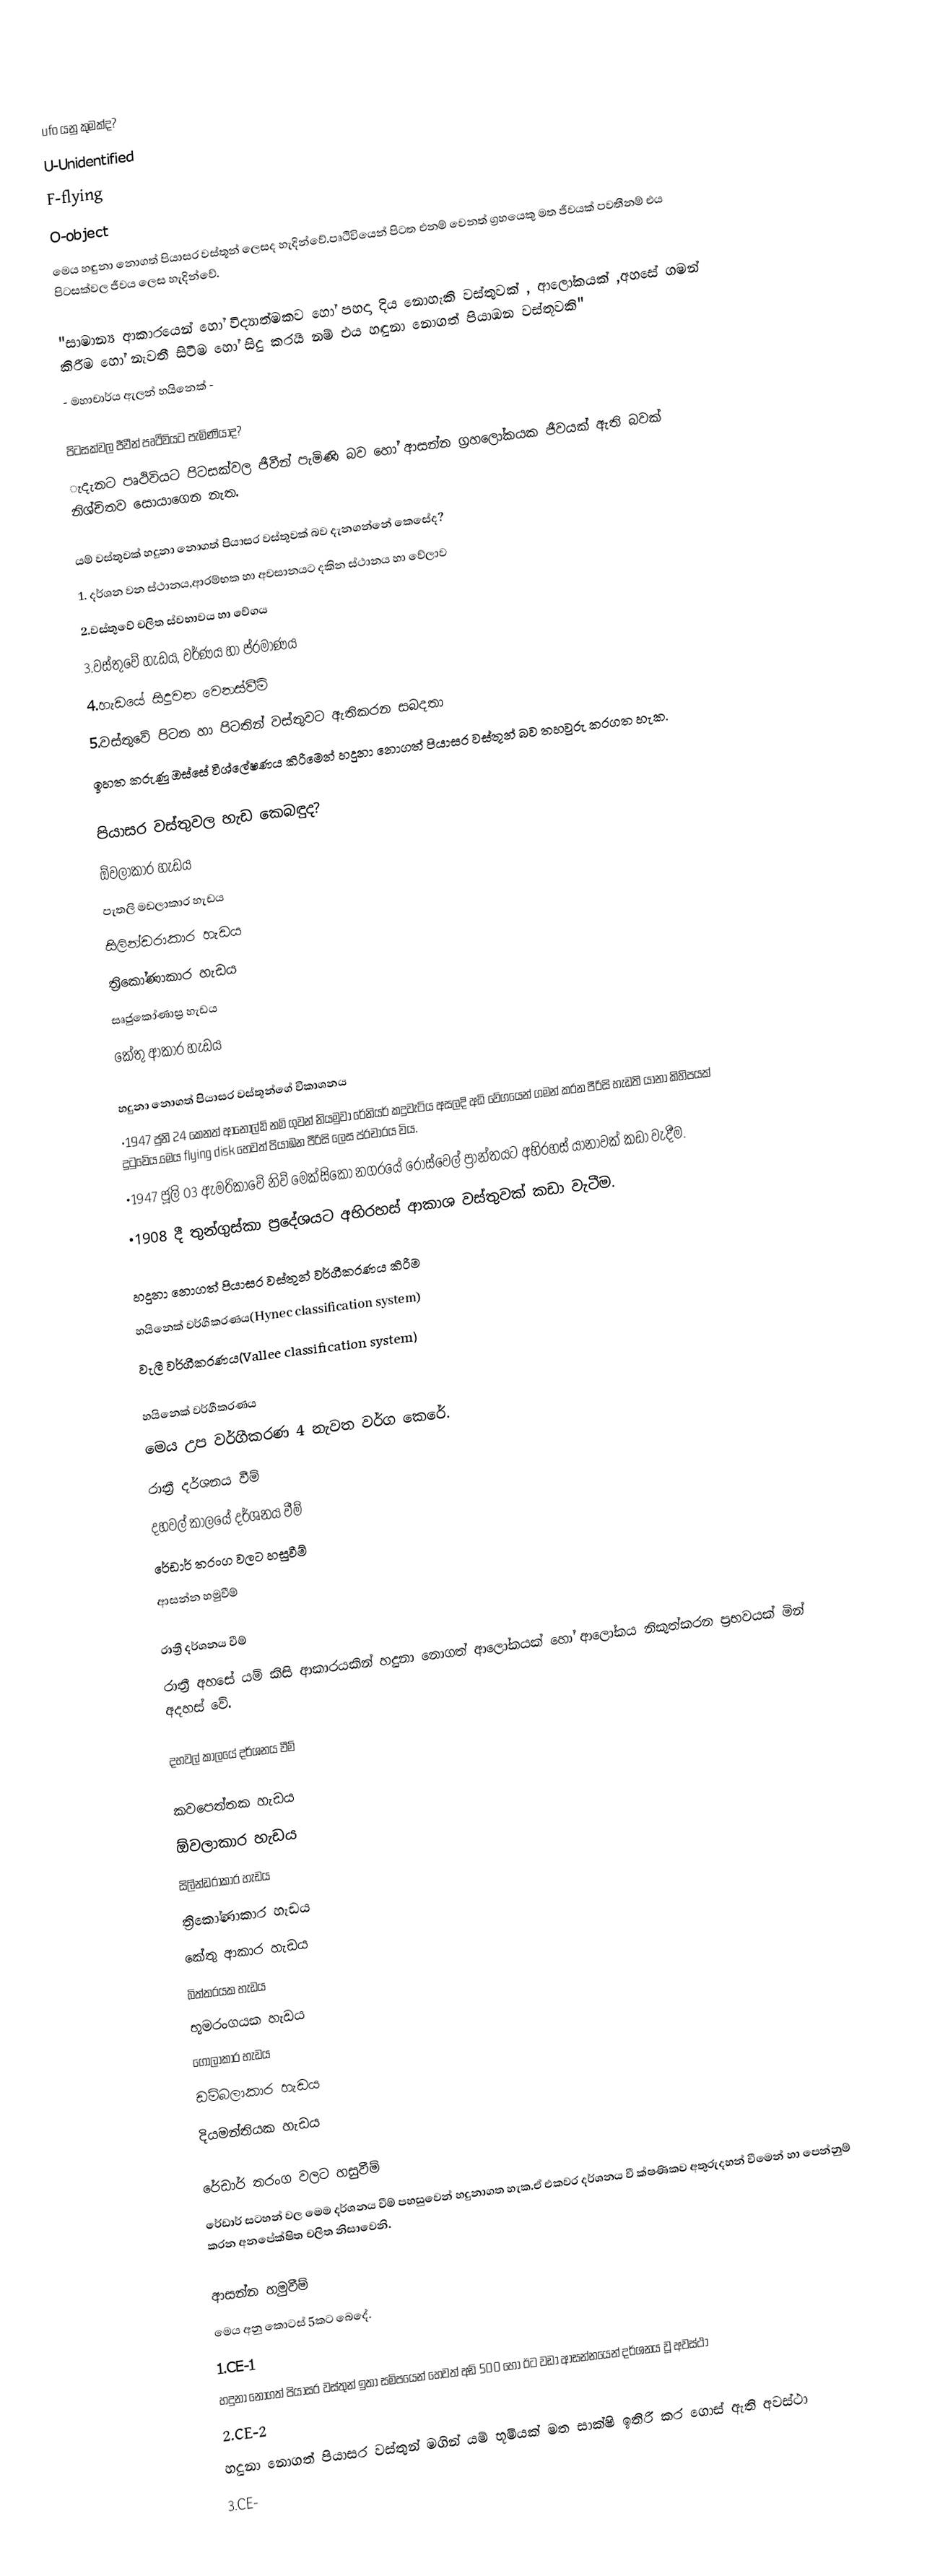

ufo යනු කුමක්ද?
U-Unidentified
F-flying
O-object
මෙය හඳුනා නොගත් පියාසර වස්තූන් ලෙසද හැදින්වේ.පෘථිවියෙන් පිටත එනම් වෙනත් ග්‍රහයෙකු මත ජීවයක් පවතීනම් එය පිටසක්වල ජීවය ලෙස හැදින්වේ.

"සාමාන්‍ය ආකාරයෙන් හෝ විද්‍යාත්මකව හෝ පහදා දිය නොහැකි වස්තුවක් , ආලෝකයක් ,අහසේ ගමන් කිරීම හෝ නැවතී සිටීම හෝ සිදු කරයි නම් එය හඳුනා නොගත් පියාඹන වස්තූවකි"
                                                                            - මහාචාර්ය ඇලන් හයිනෙක් -

පිටසක්වල ජීවීන් පෘථිවියට පැමිණියාද?
ැදැනට පෘථිවියට පිටසක්වල ජීවීන් පැමිණි බව හෝ ආසන්න ග්‍රහලෝකයක ජීවයක් ඇති බවක් නිශ්චිතව සොයාගෙන නැත.

යම් වස්තුවක් හදුනා නොගත් පියාසර වස්තුවක් බව දැනගන්නේ කෙසේද?
1. දර්ශන වන ස්ථානය,ආරම්භක හා අවසානයට දකින ස්ථානය හා වේලාව
2.වස්තුවේ චලිත ස්වභාවය හා වේගය
3.වස්තුවේ හැඩය, වර්ණය හා ප්රමාණය
4.හැඩයේ සිදුවන වෙනස්වීම්
5.වස්තුවේ පිටත හා පිටතින් වස්තුවට ඇතිකරන සබදතා
ඉහත කරුණු ඔස්සේ විශ්ලේෂණය කිරීමෙන් හදුනා නොගත් පියාසර වස්තූන් බව තහවුරු කරගත හැක.

පියාසර වස්තුවල හැඩ කෙබඳුද?
 ඕවලාකාර හැඩය
 පැතලි මඩලාකාර හැඩය
 සිලින්ඩරාකාර හැඩය
 ත්‍රිකෝණාකාර හැඩය
 සෘජුකෝණාස්‍ර හැඩය
 කේතු ආකාර හැඩය

හදුනා නොගත් පියාසර වස්තූන්ගේ විකාශනය
•1947 ජුනි 24 කෙනත් ආනෝල්ඩ් නම් ගුවන් නියමුවා රේනියර් කදුවැටිය අසලදි අධි වේගයෙන් ගමන් කරන පීරිසි හැඩති යානා කිහිපයක් දුටුවේය.මෙය flying disk හෙවත් පියාඹන පීරිසි ලෙස ප්රචාරය විය.
•1947 ජූලි 03 ඇමරිකාවේ නිව් මෙක්සිකෝ නගරයේ රොස්වෙල් ප්‍රාන්තයට අභිරහස් යානාවක් කඩා වැදීම.
•1908 දී තුන්ගුස්කා ප්‍රදේශයට අභිරහස් ආකාශ වස්තුවක් කඩා වැටීම.

හදුනා නොගත් පියාසර වස්තුන් වර්ගීකරණය කිරීම
 හයිනෙක් වර්ගීකරණය(Hynec classification system)
 වැලී වර්ගීකරණය(Vallee classification system)

හයිනෙක් වර්ගීකරණය
මෙය උප වර්ගීකරණ 4 නැවත වර්ග කෙරේ.
 රාත්‍රී දර්ශනය වීම්
 දහවල් කාලයේ දර්ශනය වීම්
 රේඩාර් තරංග වලට හසුවීම්
 ආසන්න හමුවීම්

රාත්‍රී දර්ශනය වීම්
රාත්‍රී අහසේ යම් කිසි ආකාරයකින් හදුනා නොගත් ආලෝකයක් හෝ ආලෝකය නිකුත්කරන ප්‍රභවයක් මින් අදහස් වේ.

දහවල් කාලයේ දර්ශනය වීම්

 කවපෙත්තක හැඩය
 ඕවලාකාර හැඩය
 සිලින්ඩරාකාර හැඩය
 ත්‍රිකෝණාකාර හැඩය
 කේතු ආකාර හැඩය
 බිත්තරයක හැඩය
 භූමරංගයක හැඩය
 ගෝලාකාර හැඩය
 ඩම්බලාකාර හැඩය
 දියමන්තියක හැඩය

රේඩාර් තරංග වලට හසුවීම්
රේඩාර් සටහන් වල මෙම දර්ශනය වීම් පහසුවෙන් හදුනාගත හැක.ඒ එකවර දර්ශනය වී ක්ෂණිකව අතුරුදහන් වීමෙන් හා පෙන්නුම් කරන අනපේක්ෂිත චලිත නිසාවෙනි.

ආසන්න හමුවීම්
මෙය අනු කොටස් 5කට බෙදේ.
1.CE-1
හදුනා නොගත් පියාසර වස්තුන්  ඉතා සමිපයෙන් හෙවත් අඩි 500 හෝ ඊට වඩා ආසන්නයෙන් දර්ශනය වූ අවස්ථා
2.CE-2
හදුනා නොගත් පියාසර වස්තුන් මගින් යම් භූමියක් මත සාක්ෂි ඉතිරි කර ගොස් ඇති අවස්ථා
3.CE-